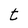
Character: t